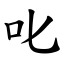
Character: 叱